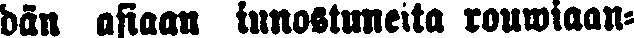
dän asiaan innostuneita rouwiaan-